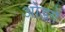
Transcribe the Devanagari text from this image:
ओडगें